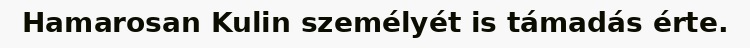
Hamarosan Kulin személyét is támadás érte.